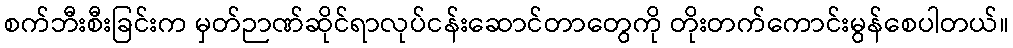
စက်ဘီးစီးခြင်းက မှတ်ဉာဏ်ဆိုင်ရာလုပ်ငန်းဆောင်တာတွေကို တိုးတက်ကောင်းမွန်စေပါတယ်။